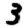
Digit: 3